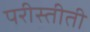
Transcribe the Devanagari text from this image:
परीस्तीती